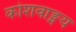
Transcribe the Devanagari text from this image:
कोशवाङ्मय